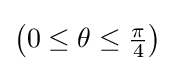
{\textstyle \left(0\leq \theta \leq {\frac {\pi }{4}}\right)}